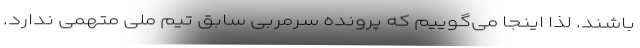
باشند. لذا اینجا می‌گوییم که پرونده سرمربی سابق تیم ملی متهمی ندارد.